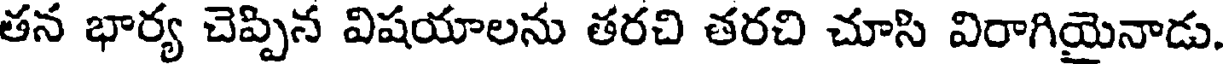
తన భార్య చెప్పిన విషయాలను తరచి తరచి చూసి విరాగియైనాడు.